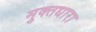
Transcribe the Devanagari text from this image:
मुक्तधारा